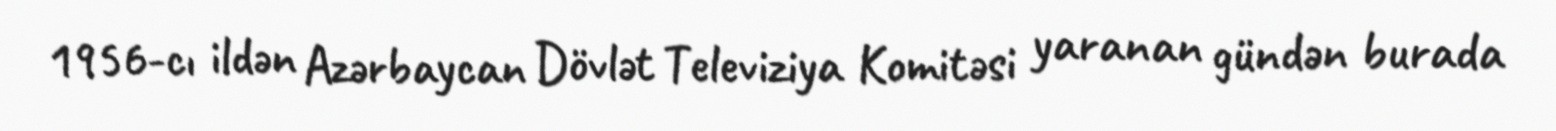
1956-cı ildən Azərbaycan Dövlət Televiziya Komitəsi yaranan gündən burada